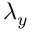
\lambda _ { y }